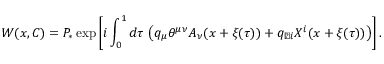
W ( x , C ) = P _ { \ast } \exp \left[ i \int _ { 0 } ^ { 1 } d \tau \, \left( q _ { \mu } \theta ^ { \mu \nu } A _ { \nu } ( x + \xi ( \tau ) ) + q _ { \perp i } X ^ { i } ( x + \xi ( \tau ) ) \right) \right] .